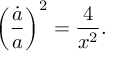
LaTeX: \left( { \frac { \dot { a } } { a } } \right) ^ { 2 } = { \frac { 4 } { x ^ { 2 } } } .